65_HS1-834228961_62-HQ-83894_Serial_130
Agency: FBI
Page 7
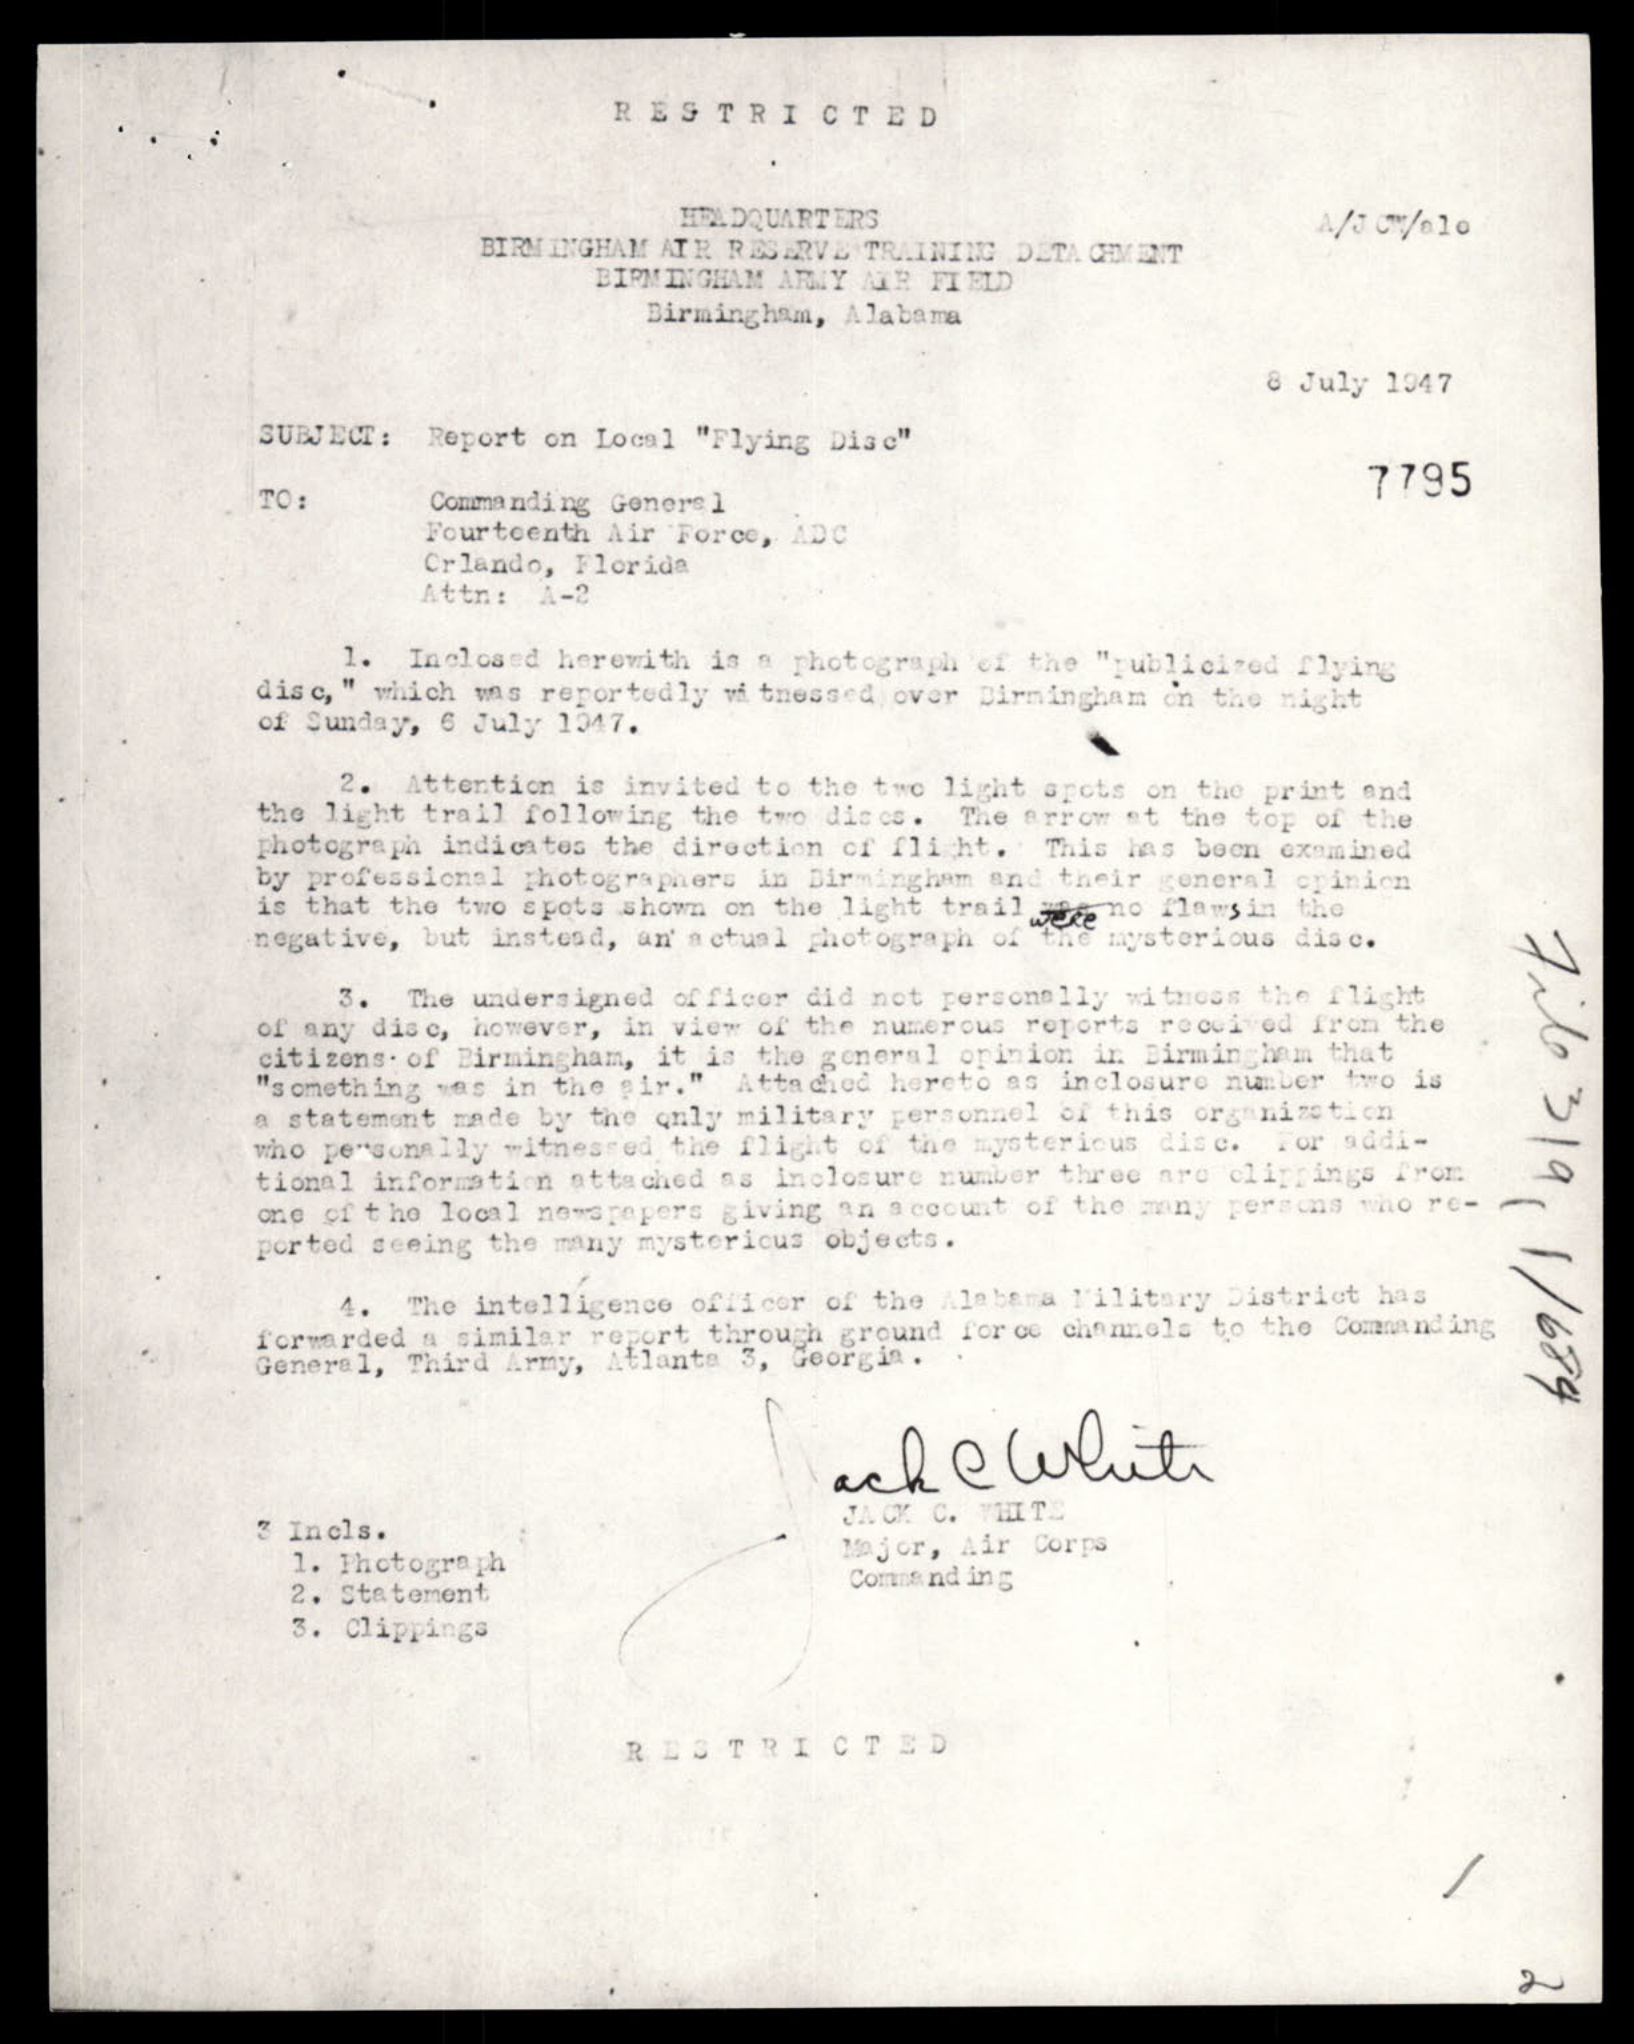